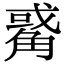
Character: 𧤅